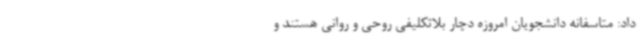
داد: متاسفانه دانشجویان امروزه دچار بلاتکلیفی روحی و روانی هستند و